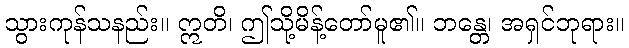
သွားကုန်သနည်း။ ဣတိ၊ ဤသို့မိန့်တော်မူ၏။ ဘန္တေ၊ အရှင်ဘုရား။